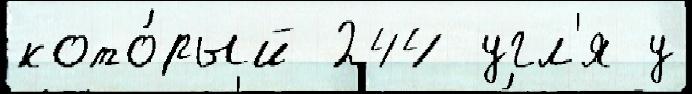
кото́рый 244 угл'я у